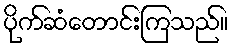
ပိုက်ဆံတောင်းကြသည်။